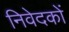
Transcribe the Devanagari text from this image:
निवेदकों